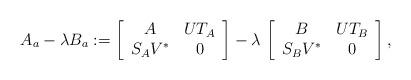
LaTeX: \begin{align*} A_a-\lambda B_a :=\left[ \begin{array}{cc} A & UT_A \\ S_AV^* & 0 \end{array} \right]-\lambda \, \left[ \begin{array}{cc} B & UT_B \\ S_BV^* & 0 \end{array} \right],\end{align*}